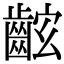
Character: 𪘋